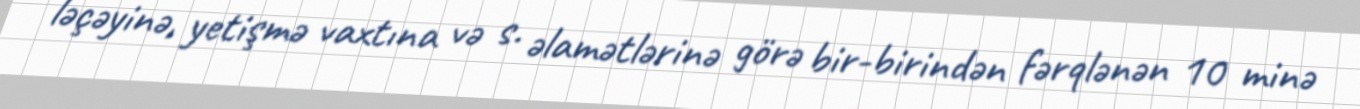
ləçəyinə, yetişmə vaxtına və s. əlamətlərinə görə bir-birindən fərqlənən 10 minə